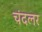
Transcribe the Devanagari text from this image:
चंदलर